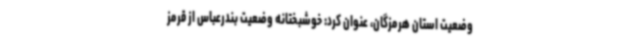
وضعیت استان هرمزگان، عنوان کرد: خوشبختانه وضعیت بندرعباس از قرمز